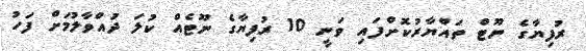
ރުފިޔާގެ ނޫޓް ތައްޔާރުކޮށްފައި ވަނީ 10 ރުފިޔާގެ ނޫޓެއް ކުލަ ދުައްވާލުމަށް ފަހު